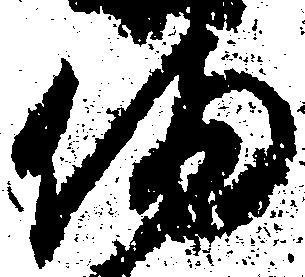
備